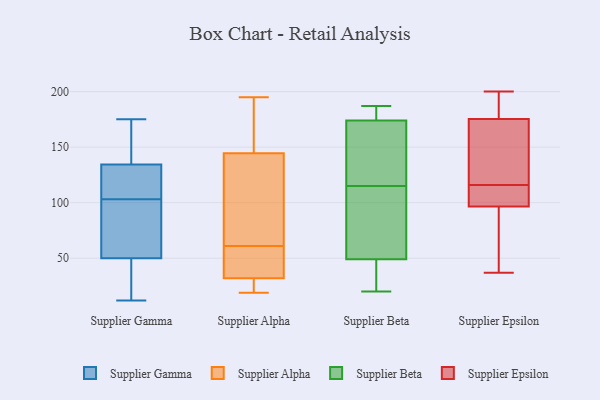
{"axis": {"x": "Operating Costs (USD K)", "y": "Value"}, "legend": ["Supplier Alpha", "Supplier Beta", "Supplier Epsilon", "Supplier Gamma"], "data": [{"x": "", "y": 47, "type": "Supplier Gamma"}, {"x": "", "y": 171, "type": "Supplier Gamma"}, {"x": "", "y": 137, "type": "Supplier Gamma"}, {"x": "", "y": 169, "type": "Supplier Gamma"}, {"x": "", "y": 111, "type": "Supplier Gamma"}, {"x": "", "y": 137, "type": "Supplier Gamma"}, {"x": "", "y": 63, "type": "Supplier Gamma"}, {"x": "", "y": 103, "type": "Supplier Gamma"}, {"x": "", "y": 126, "type": "Supplier Gamma"}, {"x": "", "y": 117, "type": "Supplier Gamma"}, {"x": "", "y": 34, "type": "Supplier Gamma"}, {"x": "", "y": 80, "type": "Supplier Gamma"}, {"x": "", "y": 175, "type": "Supplier Gamma"}, {"x": "", "y": 43, "type": "Supplier Gamma"}, {"x": "", "y": 118, "type": "Supplier Gamma"}, {"x": "", "y": 95, "type": "Supplier Gamma"}, {"x": "", "y": 34, "type": "Supplier Gamma"}, {"x": "", "y": 12, "type": "Supplier Gamma"}, {"x": "", "y": 59, "type": "Supplier Gamma"}, {"x": "", "y": 57, "type": "Supplier Alpha"}, {"x": "", "y": 190, "type": "Supplier Alpha"}, {"x": "", "y": 21, "type": "Supplier Alpha"}, {"x": "", "y": 67, "type": "Supplier Alpha"}, {"x": "", "y": 56, "type": "Supplier Alpha"}, {"x": "", "y": 168, "type": "Supplier Alpha"}, {"x": "", "y": 25, "type": "Supplier Alpha"}, {"x": "", "y": 38, "type": "Supplier Alpha"}, {"x": "", "y": 110, "type": "Supplier Alpha"}, {"x": "", "y": 70, "type": "Supplier Alpha"}, {"x": "", "y": 30, "type": "Supplier Alpha"}, {"x": "", "y": 156, "type": "Supplier Alpha"}, {"x": "", "y": 61, "type": "Supplier Alpha"}, {"x": "", "y": 19, "type": "Supplier Alpha"}, {"x": "", "y": 195, "type": "Supplier Alpha"}, {"x": "", "y": 183, "type": "Supplier Beta"}, {"x": "", "y": 42, "type": "Supplier Beta"}, {"x": "", "y": 20, "type": "Supplier Beta"}, {"x": "", "y": 122, "type": "Supplier Beta"}, {"x": "", "y": 172, "type": "Supplier Beta"}, {"x": "", "y": 40, "type": "Supplier Beta"}, {"x": "", "y": 114, "type": "Supplier Beta"}, {"x": "", "y": 116, "type": "Supplier Beta"}, {"x": "", "y": 90, "type": "Supplier Beta"}, {"x": "", "y": 187, "type": "Supplier Beta"}, {"x": "", "y": 49, "type": "Supplier Beta"}, {"x": "", "y": 51, "type": "Supplier Beta"}, {"x": "", "y": 181, "type": "Supplier Beta"}, {"x": "", "y": 174, "type": "Supplier Beta"}, {"x": "", "y": 93, "type": "Supplier Epsilon"}, {"x": "", "y": 164, "type": "Supplier Epsilon"}, {"x": "", "y": 190, "type": "Supplier Epsilon"}, {"x": "", "y": 78, "type": "Supplier Epsilon"}, {"x": "", "y": 179, "type": "Supplier Epsilon"}, {"x": "", "y": 107, "type": "Supplier Epsilon"}, {"x": "", "y": 200, "type": "Supplier Epsilon"}, {"x": "", "y": 109, "type": "Supplier Epsilon"}, {"x": "", "y": 37, "type": "Supplier Epsilon"}, {"x": "", "y": 133, "type": "Supplier Epsilon"}, {"x": "", "y": 116, "type": "Supplier Epsilon"}]}